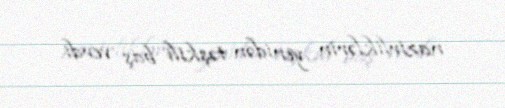
nazirliklərin yenidən təşkili baş verdi.